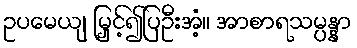
ဥပမေယျ မြှင့်၍ပြဦးအံ့။ အာစာရသမ္ပန္နာ